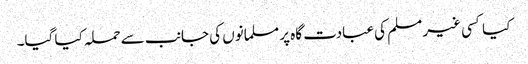
کیا کسی غیر مسلم کی عبادت گاہ پر مسلمانوں کی جانب سے حملہ کیا گیا۔